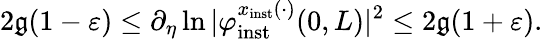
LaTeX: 2\mathfrak{g}(1-\varepsilon)\le\partial_{\eta}\ln\vert\varphi_{\mathrm{{inst}}}^{x_{\mathrm{{inst}}}(\cdot)}(0,L)\vert^{2}\le2\mathfrak{g}(1+\varepsilon).